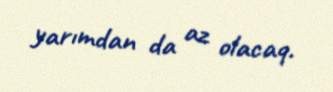
yarımdan da az olacaq.